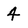
Character: 4